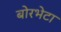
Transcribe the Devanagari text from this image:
बोरभेटा